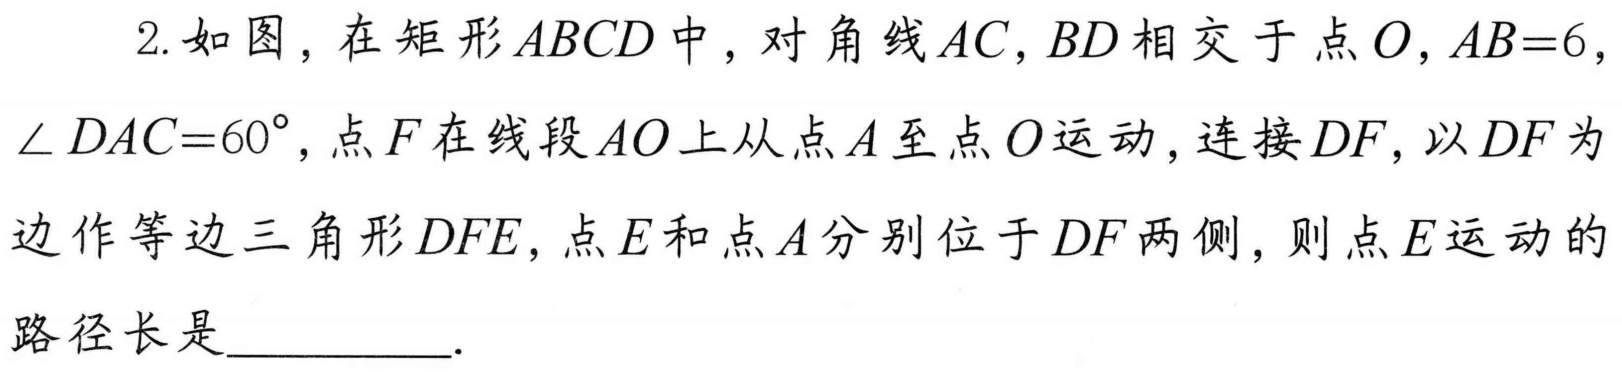
2. 如图，在矩形\(ABCD\)中，对角线\(AC,BD\)相交于点\(O\)，\(AB = 6\)，\(\angle DAC = 60^{\circ}\)，点\(F\)在线段\(AO\)上从点\(A\)至点\(O\)运动，连接\(DF\)，以\(DF\)为边作等边三角形\(DFE\)，点\(E\)和点\(A\)分别位于\(DF\)两侧，则点\(E\)运动的路径长是  ．